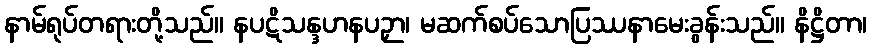
နာမ်ရုပ်တရားတို့သည်။ နပဋိသန္ဒဟနပဉှာ၊ မဆက်စပ်သောပြဿနာမေးခွန်းသည်။ နိဋ္ဌိတာ၊